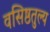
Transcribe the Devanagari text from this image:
वसिष्ठतुल्य